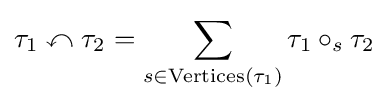
\tau _{1}\curvearrowleft \tau _{2}=\sum _{s\in \mathrm {Vertices} (\tau _{1})}\tau _{1}\circ _{s}\tau _{2}